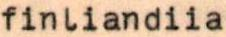
finliandiia